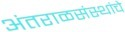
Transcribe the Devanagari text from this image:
अंतराळसंस्थांचे